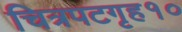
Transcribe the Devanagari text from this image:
चित्रपटगृह१०